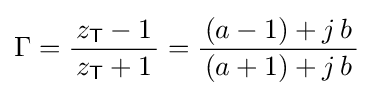
\Gamma ={\frac {z_{\mathsf {T}}-1}{\,z_{\mathsf {T}}+1\,}}={\frac {(a-1)+j\,b}{\,(a+1)+j\,b\,}}